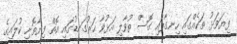
ފިޔަވަޅު ތަކެއްގައި ހިނގާފައި ގޮސް ތުވާލި އަޅުވާ ހަރުގަނޑުގައި އޮތް ފިޔާތޮށި ކުލައިގެ